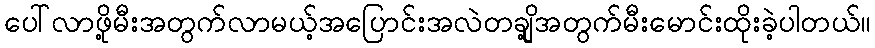
ပေါ်လာဖို့မီးအတွက်လာမယ့်အပြောင်းအလဲတချို့အတွက်မီးမောင်းထိုးခဲ့ပါတယ်။